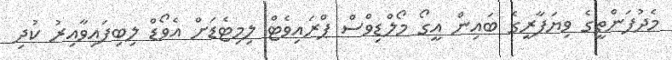
މެދުފަންތީގެ ވިޔަފާރީގެ ބައިން އީގޯ މޯލްޑިވްސް ޕްރައިވެޓް ލިމިޓެޑަށް އެވޯޑް ލިބިފައިވާއިރު ކުދި